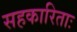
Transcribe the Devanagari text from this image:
सहकारिताः